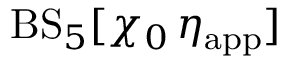
\mathrm { B S } _ { 5 } [ \chi _ { 0 } \, \eta _ { \mathrm { a p p } } ]